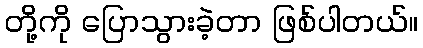
တို့ကို ပြောသွားခဲ့တာ ဖြစ်ပါတယ်။